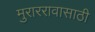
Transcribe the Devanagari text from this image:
मुराररावासाठी